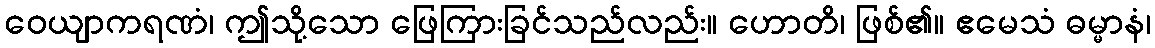
ဝေယျာကရဏံ၊ ဤသို့သော ဖြေကြားခြင်သည်လည်း။ ဟောတိ၊ ဖြစ်၏။ ဧမေသံ ဓမ္မာနံ၊